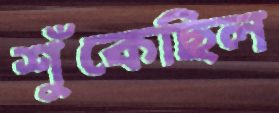
শুঁকেছিল